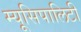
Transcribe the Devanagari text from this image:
म्यूसिपालिटी